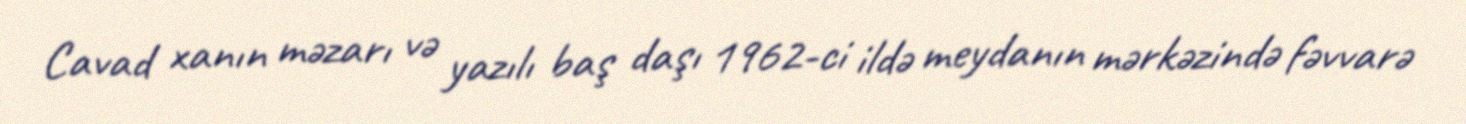
Cavad xanın məzarı və yazılı baş daşı 1962-ci ildə meydanın mərkəzində fəvvarə